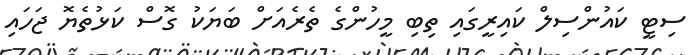
ސިޓީ ކައުންސިލް ކައިރީގައި ތިބި މީހުންްގެ ތެރެއަށް ބަޔަކު ގޮސް ކަޅުތެޔޮ ޖަހައި